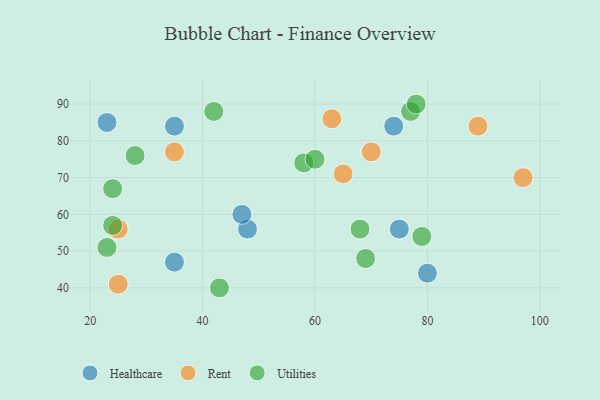
{"axis": {"x": "GDP", "y": "Life Expectancy"}, "legend": ["Healthcare", "Rent", "Utilities"], "data": [{"x": "74", "y": 84, "type": "Healthcare"}, {"x": "48", "y": 56, "type": "Healthcare"}, {"x": "80", "y": 44, "type": "Healthcare"}, {"x": "47", "y": 60, "type": "Healthcare"}, {"x": "35", "y": 47, "type": "Healthcare"}, {"x": "75", "y": 56, "type": "Healthcare"}, {"x": "35", "y": 84, "type": "Healthcare"}, {"x": "23", "y": 85, "type": "Healthcare"}, {"x": "25", "y": 41, "type": "Rent"}, {"x": "70", "y": 77, "type": "Rent"}, {"x": "63", "y": 86, "type": "Rent"}, {"x": "25", "y": 56, "type": "Rent"}, {"x": "89", "y": 84, "type": "Rent"}, {"x": "65", "y": 71, "type": "Rent"}, {"x": "35", "y": 77, "type": "Rent"}, {"x": "97", "y": 70, "type": "Rent"}, {"x": "58", "y": 74, "type": "Utilities"}, {"x": "79", "y": 54, "type": "Utilities"}, {"x": "69", "y": 48, "type": "Utilities"}, {"x": "68", "y": 56, "type": "Utilities"}, {"x": "24", "y": 57, "type": "Utilities"}, {"x": "28", "y": 76, "type": "Utilities"}, {"x": "77", "y": 88, "type": "Utilities"}, {"x": "24", "y": 67, "type": "Utilities"}, {"x": "43", "y": 40, "type": "Utilities"}, {"x": "23", "y": 51, "type": "Utilities"}, {"x": "42", "y": 88, "type": "Utilities"}, {"x": "78", "y": 90, "type": "Utilities"}, {"x": "60", "y": 75, "type": "Utilities"}]}